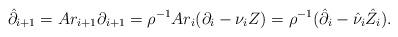
LaTeX: \begin{align*} \hat{\partial}_{i+1} = A r_{i+1}\partial_{i+1} = \rho^{-1} A r_{i}(\partial_i - \nu_{i} Z) = \rho^{-1}(\hat{\partial}_{i} - \hat{\nu}_i \hat{Z}_i). \end{align*}